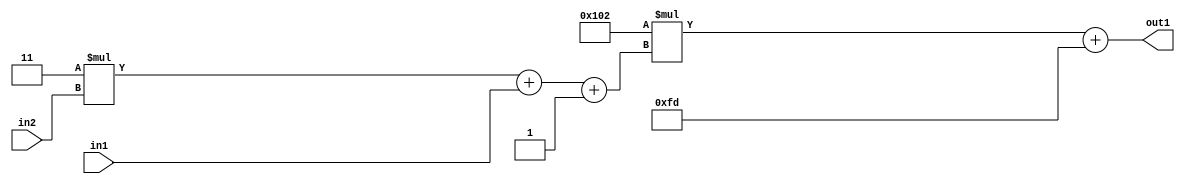
`timescale 1ps / 1ps
/*****************************************************************************
    Verilog RTL Description
    
    
    Created by: Stratus DpOpt 2019.1.01 
*******************************************************************************/

module DC_Filter_Add2i253Mul2i258Add3i1u1Mul2i3u2_4 (
	in2,
	in1,
	out1
	); /* architecture "behavioural" */ 
input [1:0] in2;
input  in1;
output [11:0] out1;
wire [11:0] asc001;
wire [3:0] asc002;

wire [3:0] asc002_tmp_0;
wire [3:0] asc002_tmp_1;
assign asc002_tmp_1 = 
	+(4'B0011 * in2);
assign asc002_tmp_0 = asc002_tmp_1
	+(in1);
assign asc002 = asc002_tmp_0
	+(4'B0001);

wire [11:0] asc001_tmp_2;
assign asc001_tmp_2 = 
	+(12'B000100000010 * asc002);
assign asc001 = asc001_tmp_2
	+(12'B000011111101);

assign out1 = asc001;
endmodule

/* CADENCE  vrTxQw4= : u9/ySgnWtBlWxVPRXgAZ4Og= ** DO NOT EDIT THIS LINE ******/